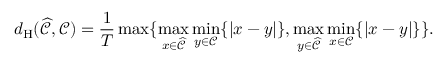
d _ { \mathrm { H } } ( \widehat { \mathcal { C } } , \mathcal { C } ) = \frac { 1 } { T } \operatorname* { m a x } \{ \operatorname* { m a x } _ { x \in { \widehat { \mathcal { C } } } } \operatorname* { m i n } _ { y \in { \mathcal { C } } } \{ \vert x - y \vert \} , \operatorname* { m a x } _ { y \in { \widehat { \mathcal { C } } } } \operatorname* { m i n } _ { x \in { \mathcal { C } } } \{ \vert x - y \vert \} \} .